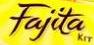

				Fajita